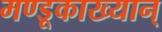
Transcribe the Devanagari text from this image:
मण्डूकाख्यान्